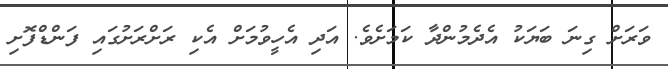
ވަރަށް ގިނަ ބަޔަކު އެދެމުންދާ ކަމަށެވެ. އަދި އެހީވުމަށް އެކި ރަށްރަށުގައި ފަންޑްފޮށި